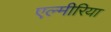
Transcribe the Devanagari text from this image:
एल्मीरिया